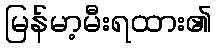
မြန်မာ့မီးရထား၏